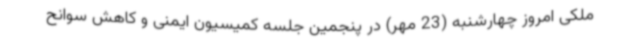
ملکی امروز چهارشنبه (23 مهر) در پنجمین جلسه کمیسیون ایمنی و کاهش سوانح